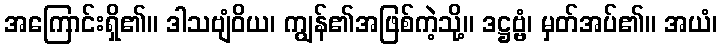
အကြောင်းရှိ၏။ ဒါသဗျံဝိယ၊ ကျွန်၏အဖြစ်ကဲ့သို့။ ဒဋ္ဌဗ္ဗံ၊ မှတ်အပ်၏။ အယံ၊